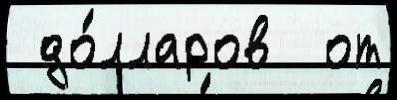
 до́лларов  от